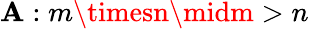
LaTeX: \mathbf{A}:m\timesn\midm>n